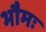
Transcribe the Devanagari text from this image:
भौमः